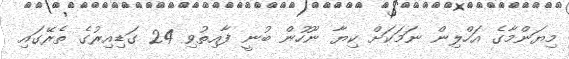
މިޔަންމާގެ އަހްލިން ނަމަކަށް ކިޔާ ނޫހުން ބުނީ ފާއިތުވި 24 ގަޑިއިރުގެ ތެރޭގައި